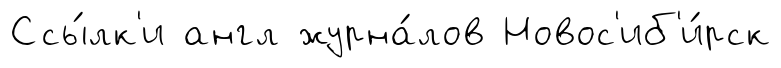
Ссы́лк'и англ журна́лов Новос'иб'и́рск